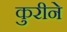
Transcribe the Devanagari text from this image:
कुरीने